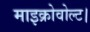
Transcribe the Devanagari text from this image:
माइक्रोवोल्ट।